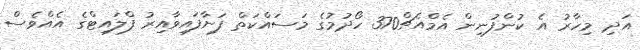
އަދި މިހާރު އެ ކުންފުނިން އެމްއެޗް370 ހޯދުމުގެ މަސައްކަތް ފަށާފައިވާއިރު ފްލައިޓްގެ އެއްވެސް